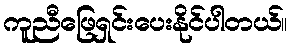
ကူညီဖြေရှင်းပေးနိုင်ပါတယ်။